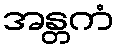
အန္တကံ